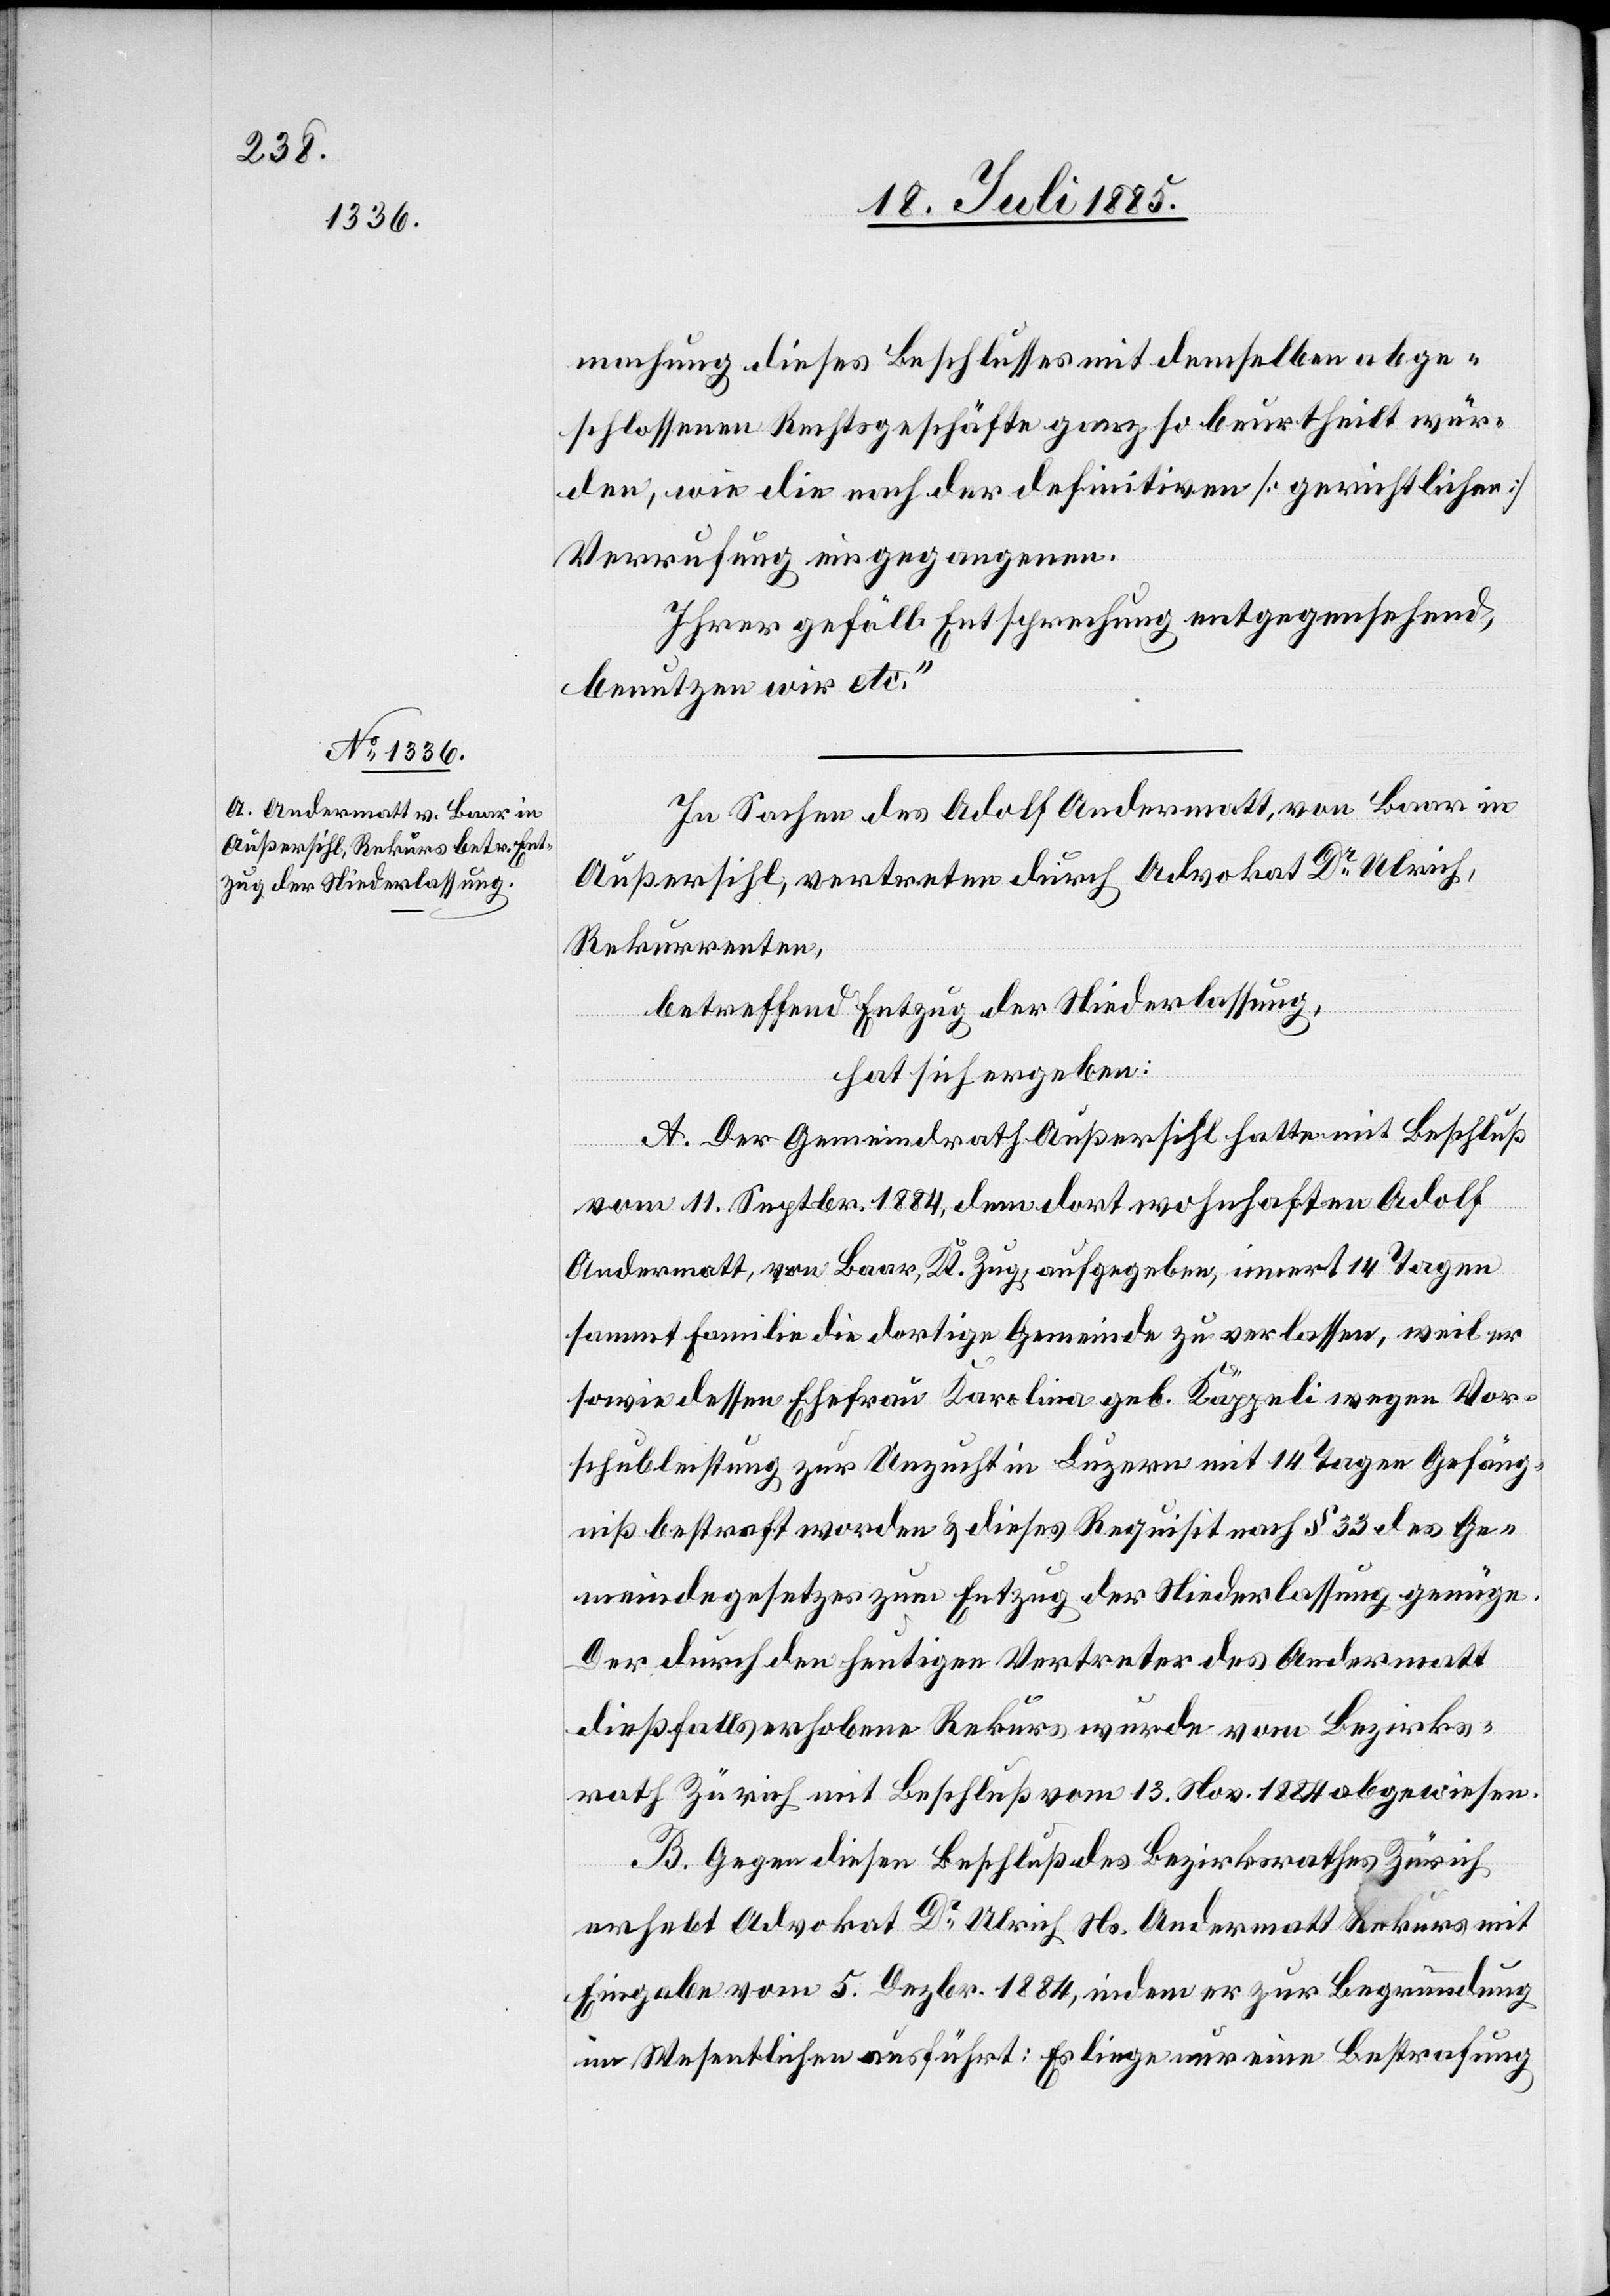
machung diese Beschlusses mit demselben abge¬
schlossenen Rechtsgeschäfte ganz so beurtheilt wür¬
den, wie die nach der definitiven [gerichtlichen]
Verrufung eingegangenen.
Ihrer gefäll. Entsprechung entgegensehend,
benutzen wir etc.“
In Sachen des Adolf Andermatt, von Baar in
Außersihl, vertreten durch Advokat Dr Ulrich,
Rekurrenten,
betreffend Entzug der Niederlassung,
hat sich ergeben:
A. Der Gemeindrath Außersihl hatte mit Beschluß
vom 11. Septbr. 1884, dem dort wohnhaften Adolf
Andermatt, von Baar, Kt. Zug, aufgegeben, innert 14 Tagen
sammt Familie die dortige Gemeinde zu verlassen, weil er
sowie dessen Ehefrau Karolina geb. Käppeli wegen Vor¬
schubleistung zur Unzucht in Luzern mit 14 Tagen Gefäng¬
niß bestraft worden & dieses Requisit nach § 33 des Ge¬
meindegesetzes zum Entzug der Niederlassung genüge.
Der durch den heutigen Vertreter des Andermatt
dießfalls erhobene Rekurs wurde vom Bezirks¬
rath Zürich mit Beschluß vom 13. Nov. 1884 abgewiesen.
B. Gegen diesen Beschluß des Bezirksrathes Zürich
erhebt Advokat Dr Ulrich Ns. Andermatt Rekurs mit
Eingabe vom 5. Dezbr. 1884, indem er zur Begründung
im Wesentlichen ausführt: Es liege nur eine Bestrafung